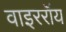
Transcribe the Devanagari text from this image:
वाइररॉय